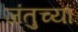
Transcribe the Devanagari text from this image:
जंतुच्या